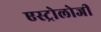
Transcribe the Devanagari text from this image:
एस्ट्रोलोजी